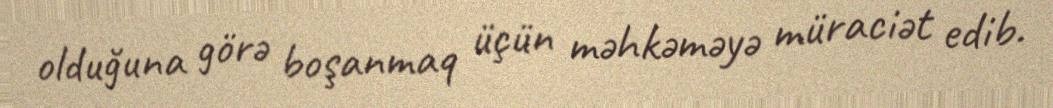
olduğuna görə boşanmaq üçün məhkəməyə müraciət edib.